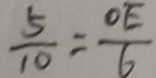
\frac { 5 } { 1 0 } = \frac { O E } { 6 }